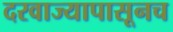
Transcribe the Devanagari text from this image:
दरवाज्यापासूनच